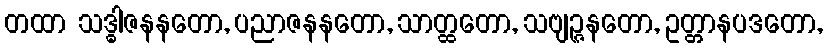
တထာ သဒ္ဓါဇနနတော, ပညာဇနနတော, သာတ္ထတော, သဗျဉ္ဇနတော, ဥတ္တာနပဒတော,